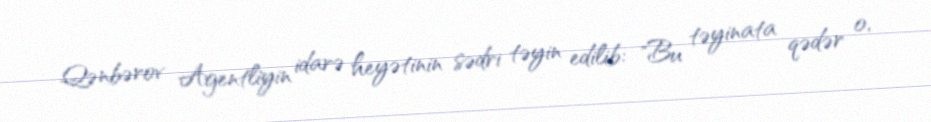
Qənbərov Agentliyin idarə heyətinin sədri təyin edilib: "Bu təyinata qədər o,